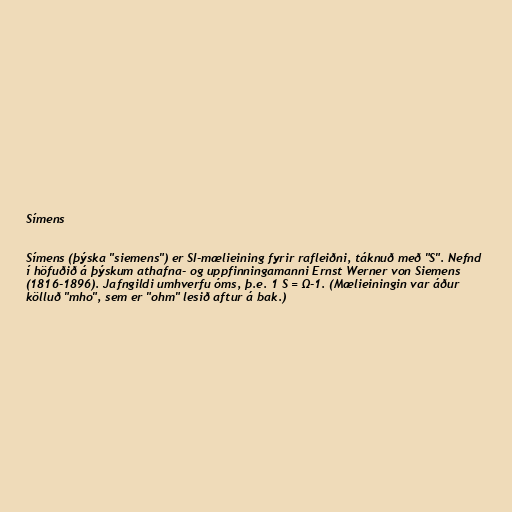
Símens

Símens (þýska "siemens") er SI-mælieining fyrir rafleiðni, táknuð með "S". Nefnd
í höfuðið á þýskum athafna- og uppfinningamanni Ernst Werner von Siemens
(1816-1896). Jafngildi umhverfu óms, þ.e. 1 S = Ω-1. (Mælieiningin var áður
kölluð "mho", sem er "ohm" lesið aftur á bak.)